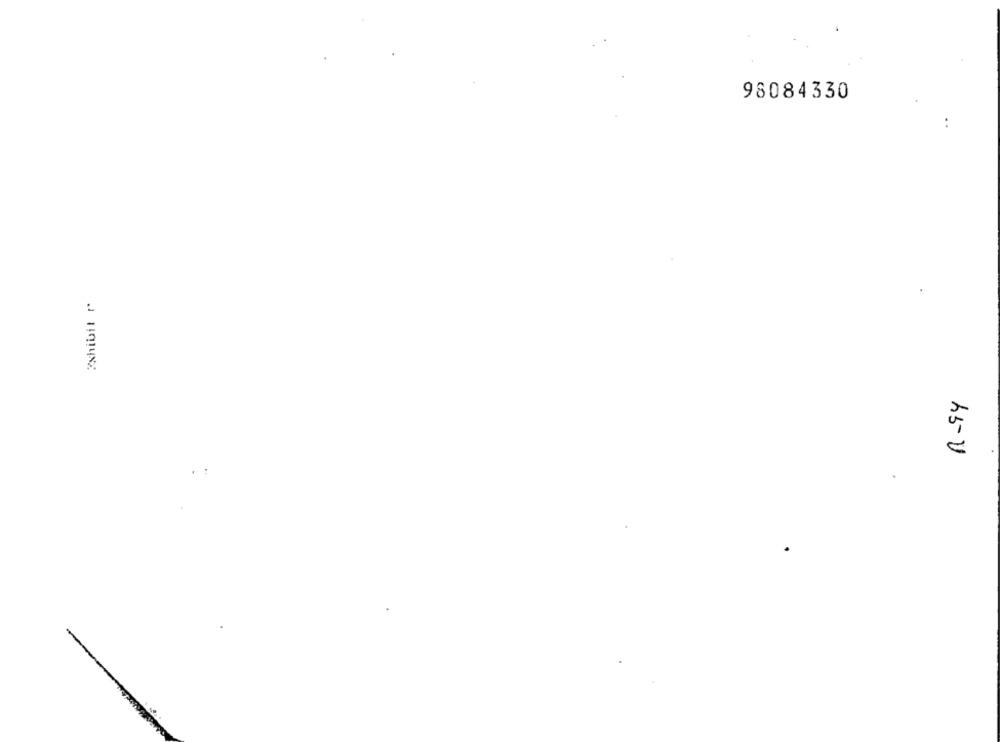
98084330
Exhibit P
45-V